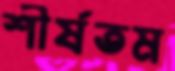
শীর্ষতম